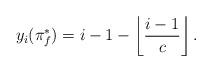
LaTeX: \begin{align*}y_i(\pi_f^*)=i-1-\left\lfloor \frac{i-1}{c}\right\rfloor.\end{align*}